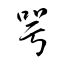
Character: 咢